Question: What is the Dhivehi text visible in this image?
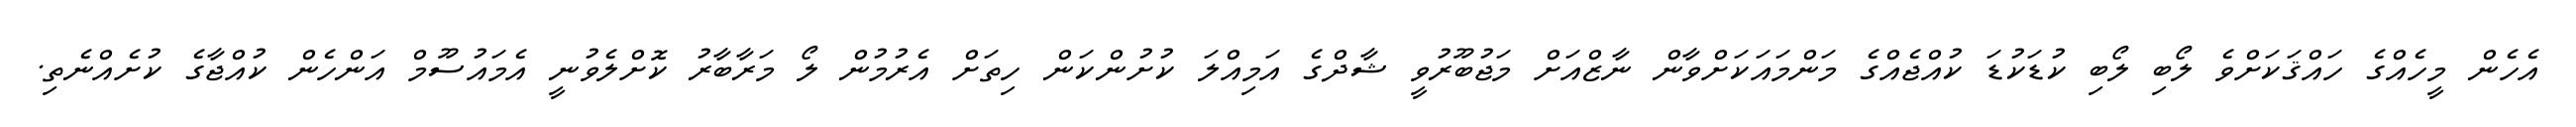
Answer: އެހެން މީހެއްގެ ހައްޤަކަށްވެ ލޯބި ލޯބި ކުޑަކުޑަ ކުއްޖެއްގެ މަންމައަކަށްވާން ނާޒްއަށް މަޖުބޫރުވީ ޝާދްގެ އަމިއްލަ ކުށުންކަން ހިތަށް އެރުމުން ލޯ މަރާބާރު ކޮށްލެވުނީ އެމައުސޫމް އަންހެން ކުއްޖާގެ ކުށެއްނެތި.